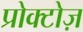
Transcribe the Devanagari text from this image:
प्रोक्टोज़